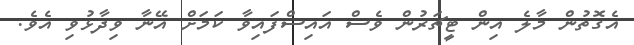
އެގޮތުން މާލެ އިން ޓީޗަރުން ވެސް އައިސްފައިވާ ކަމަށް އޭނާ ވިދާޅުވި އެވެ.